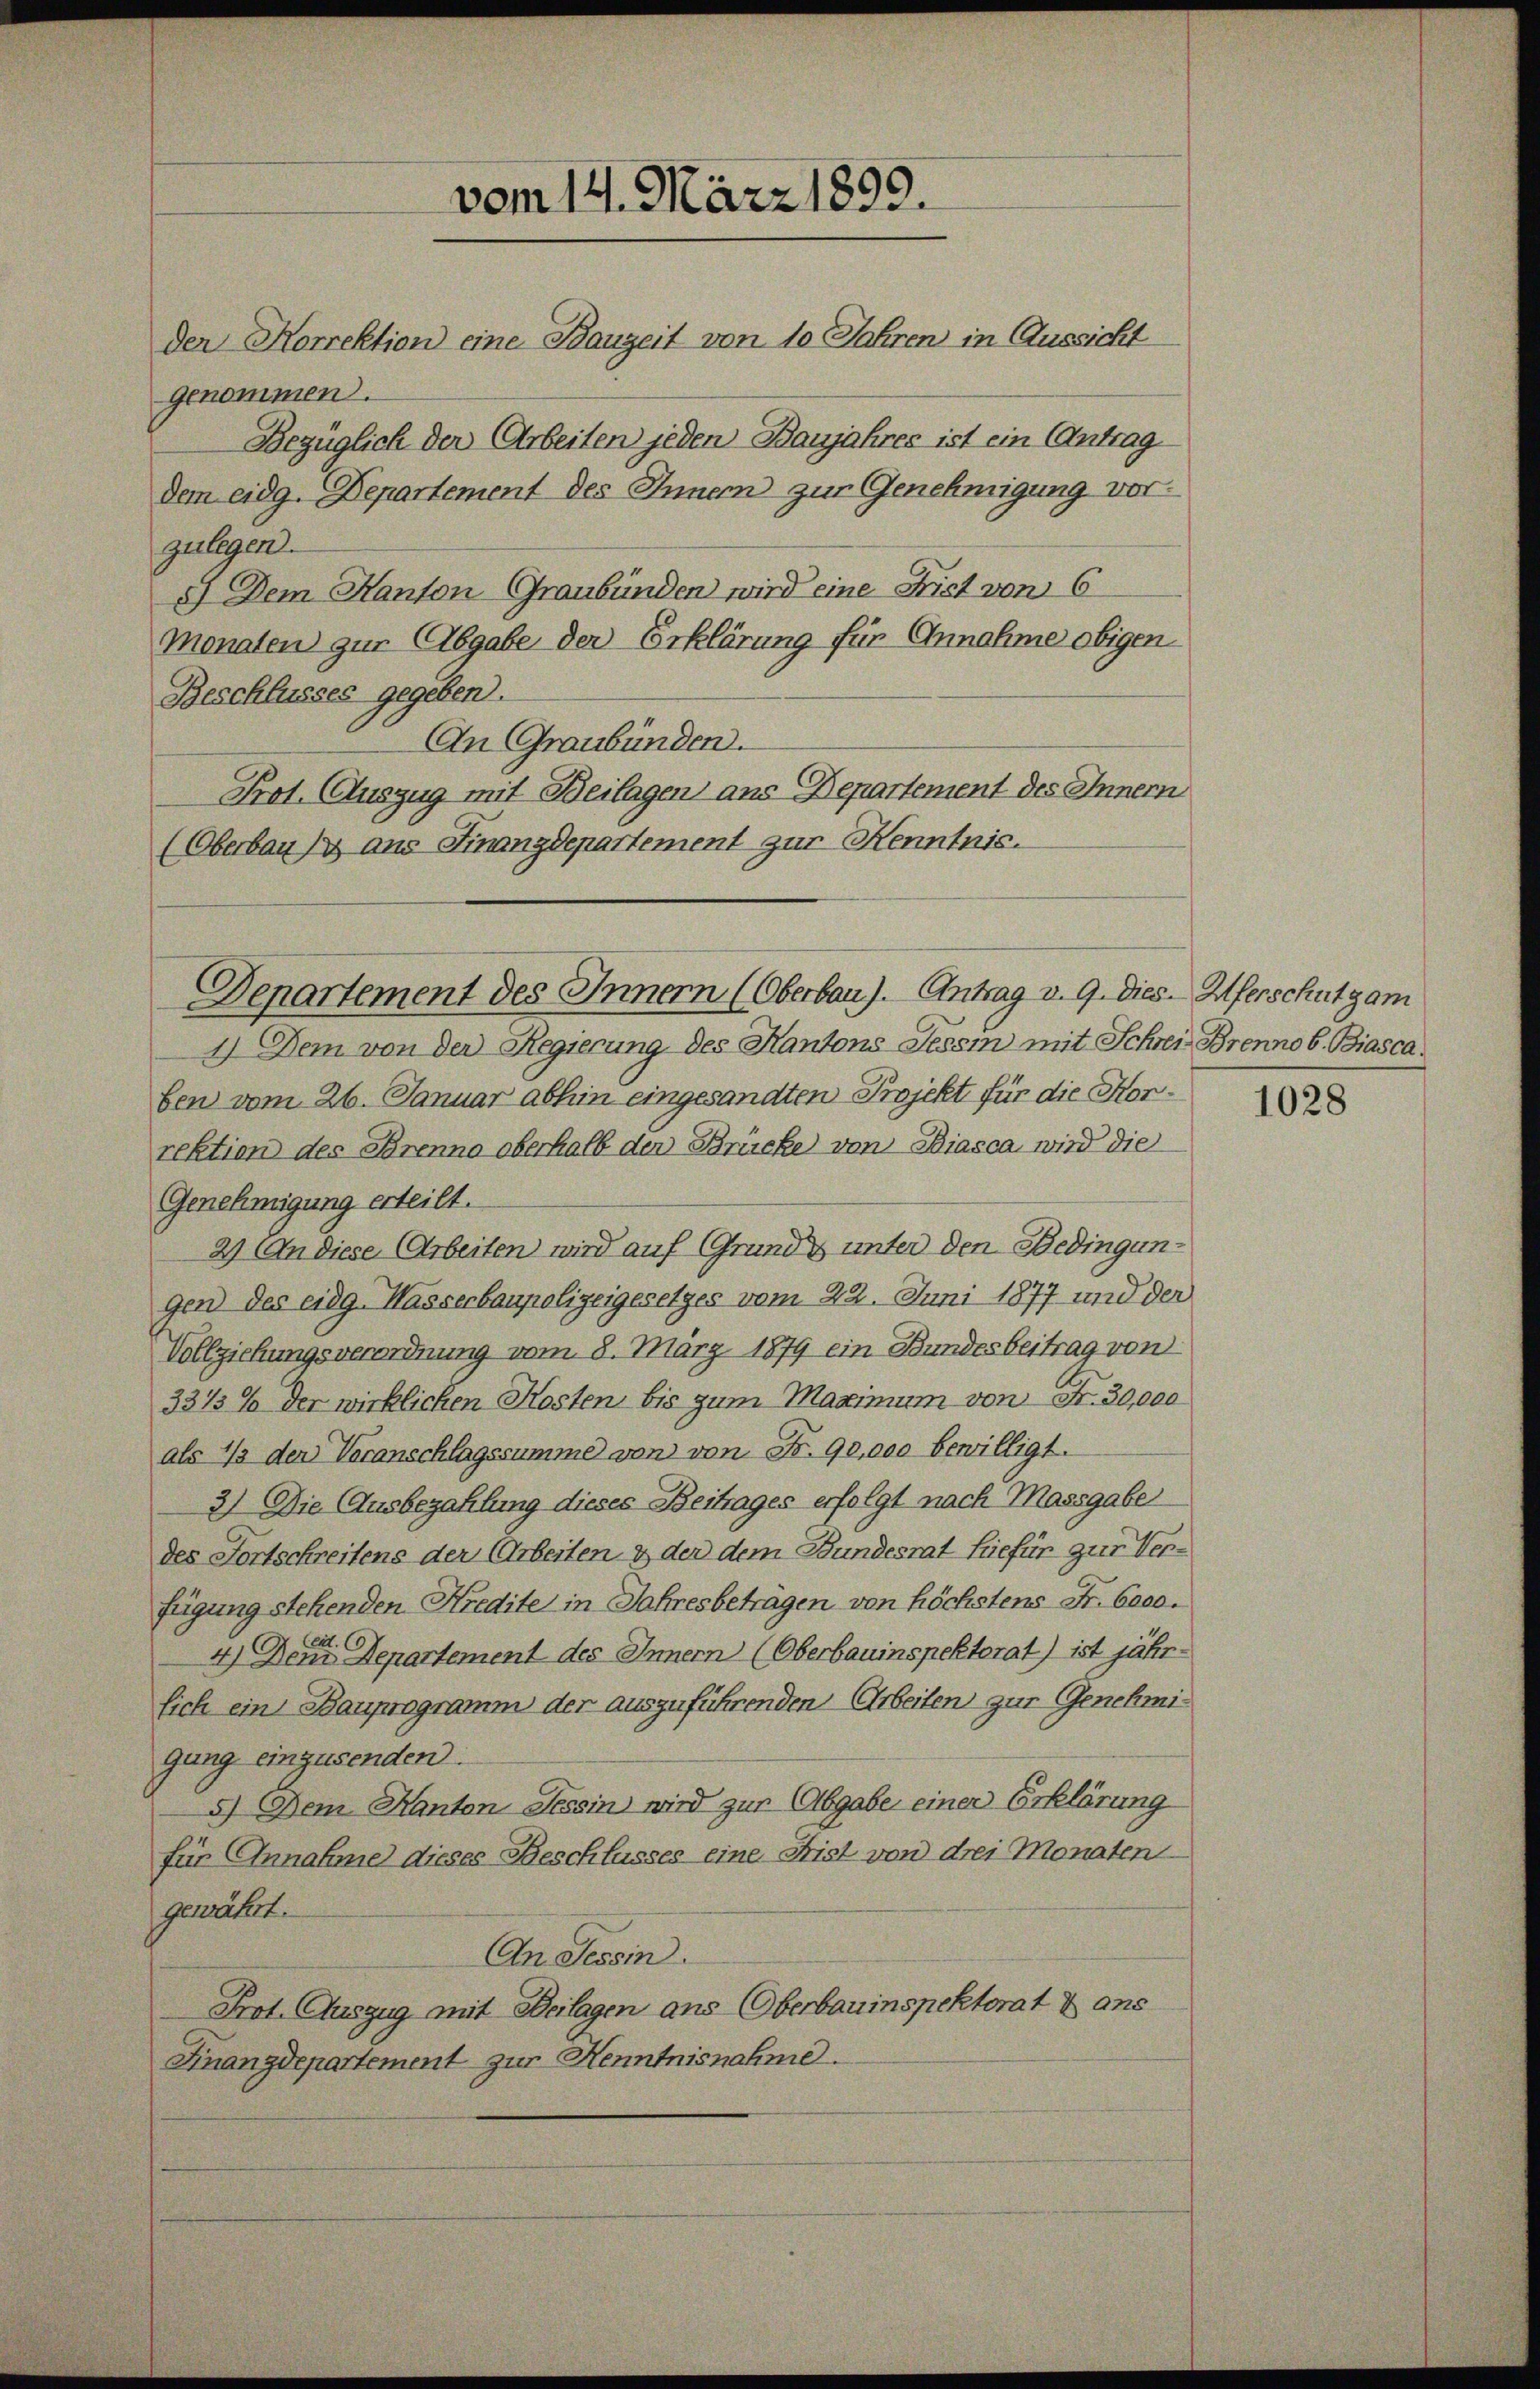
genommen.
zulegen.
8) Dem Kanton Graubünden wird eine Frist von 6
Monaten zur Abgabe der Erklärung für Annahme obigen
Beschlusses gegeben.
An Graubünden.
Prot. Auszug mit Beilagen aus Departement des Innern
(Oberbaus aus Finanzdepartement zur Kenntnis.

vom 14. März 1899.
der Korrektion eine Bauzeit von 10 Jahren in Aussicht
Bezüglich der Arbeiten jeden Banjahres ist ein (Antrag
dem eidg. Departement des Innern zur Genehmigung vor¬

ben vom 26. Januar abhin eingesandten Projekt für die Korrektion des Brenne oberhalb den Brücke von Biasca wird die
Genehmigung erteilt.
2) An diese Arbeiten wird auf Grund & unter den Bedingungen des eidg. Wasserbaupolizeigesetzes vom 22. Juni 1877 und der
Vollziehungsverordnung vom 8. März 1879 ein Bundesbeitrag von
3315% der wirklichen Kosten bis zum Maximum von Fr. 30,000
als 1/3 der Veranschlagssumme von von Fr. 90,000 bewilligt.
3) Die Ausbezahlung dieses Beitrages erfolgt nach Massgabe
des Fortschreitens der Arbeiten & der dem Bundesrat hiefür zur Verfügung stehenden Kredite in Jahresbeträgen von höchstens Fr. 6000.
. C
4) Dem Departement des Innern (Oberbauinspektorat) ist jährsich ein Bauprogramm der auszuführenden Arbeiten zur Genehmigung einzusenden.
5.) Dem Kanton Tessin wird zur Abgabe einer Erklärung
für Annahme dieses Beschlusses eine Frist von drei Monaten
gewährt.
An Tessin.
Prot. Auszug mit Beilagen ans Oberbauinspektorat & ans
Finanzdepartement zur Henntnisnahme.

Denartement des Innern (Oberbau). Antrag v. 9. dies Uferschutgam
1) Dem von der Regierung des Kantons Tessin mit Schrei Brennob. Biasca

1028